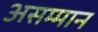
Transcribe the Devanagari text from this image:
असम्मान